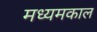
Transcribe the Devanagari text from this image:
मध्यमकाल